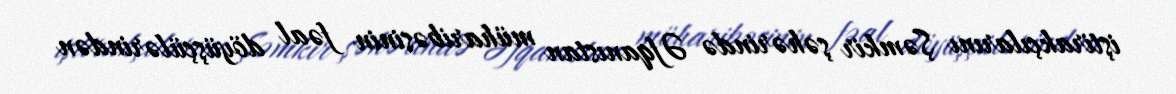
iştirakçılarını Şəmkir şəhərində Əfqanıstan müharibəsinin fəal döyüşçülərindən